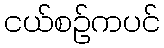
ငယ်စဉ်ကပင်